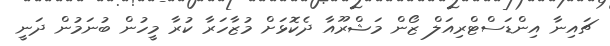
ޗައިނާ އިންޑަސްޓްރިއަލް ޒޯން މަޝްރޫއާ ދެކޮޅަށް މުޒާހަރާ ކުރާ މީހުން ބުނަމުން ދަނީ